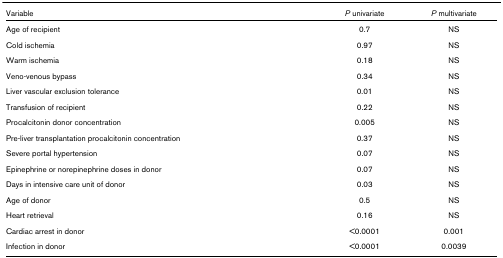
| Variable | P univariate | P multivariate |
 | --- | --- | --- |
 | Age of recipient | 0.7 | NS |
 | Cold ischemia | 0.97 | NS |
 | Warm ischemia | 0.18 | NS |
 | Veno-venous bypass | 0.34 | NS |
 | Liver vascular exclusion tolerance | 0.01 | NS |
 | Transfusion of recipient | 0.22 | NS |
 | Procalcitonin donor concentration | 0.005 | NS |
 | Pre-liver transplantation procalcitonin concentration | 0.37 | NS |
 | Severe portal hypertension | 0.07 | NS |
 | Epinephrine or norepinephrine doses in donor | 0.07 | NS |
 | Days in intensive care unit of donor | 0.03 | NS |
 | Age of donor | 0.5 | NS |
 | Heart retrieval | 0.16 | NS |
 | Cardiac arrest in donor | <0.0001 | 0.001 |
 | Infection in donor | <0.0001 | 0.0039 |